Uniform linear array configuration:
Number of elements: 12
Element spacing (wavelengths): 0.25
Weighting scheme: uniform
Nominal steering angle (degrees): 0
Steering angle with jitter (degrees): -1.6
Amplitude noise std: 0.05
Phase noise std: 0.05

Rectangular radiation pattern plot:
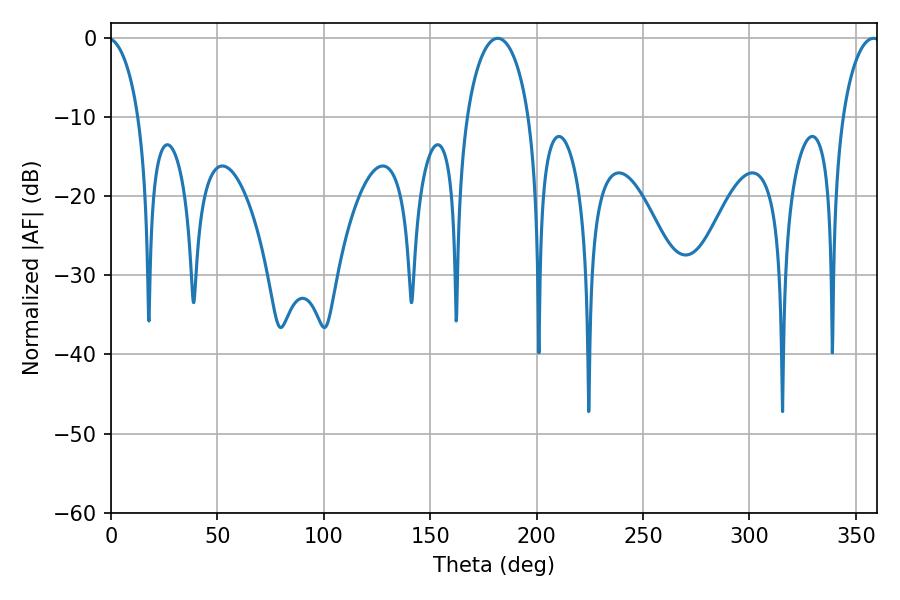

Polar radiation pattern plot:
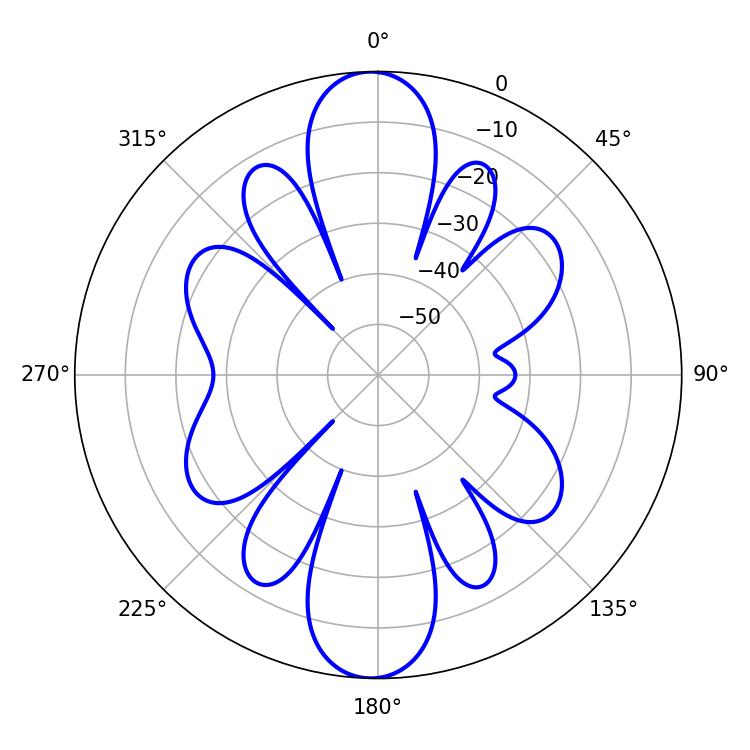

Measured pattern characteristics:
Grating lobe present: FALSE
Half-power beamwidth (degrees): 16.74
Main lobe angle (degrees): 181.62